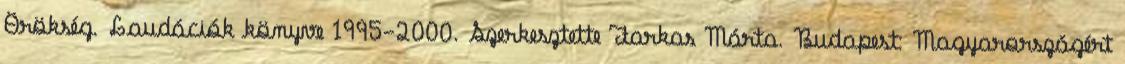
Örökség. Laudációk könyve 1995-2000. Szerkesztette Farkas Márta. Budapest: Magyarországért